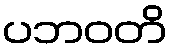
ပဘဝတိ